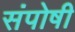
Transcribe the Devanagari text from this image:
संपोषी